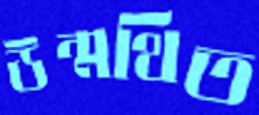
উন্মথিত